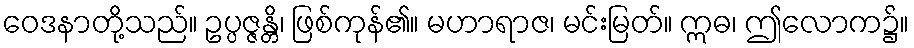
ဝေဒနာတို့သည်။ ဥပ္ပဇ္ဇန္တိ၊ ဖြစ်ကုန်၏။ မဟာရာဇ၊ မင်းမြတ်။ ဣဓ၊ ဤလောက၌။